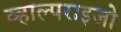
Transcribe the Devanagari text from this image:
व्हाल्पराइजो